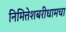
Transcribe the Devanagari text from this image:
निमित्तेशबरीधामचा